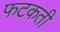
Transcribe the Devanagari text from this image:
फटकती